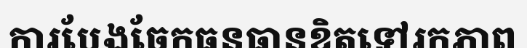
ការបែងចែកធនធានខិតទៅរកភាព